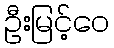
ဦးမြင့်ဝေ